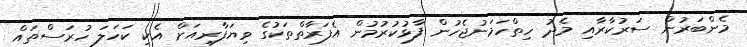
މެންބަރުން ސަރުކާރާއި މެދު ހިތްހަމަނުޖެހުން ފާޅުކުރުމުން އެފަރާތްތަކުގެ ވިޔަފާރިއަށް އެކި ކަހަލަ ހުރަސްތައް